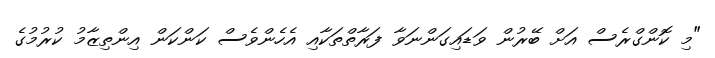
"މި ކޮންގްރެސް އަށް ބޭރުން ވަޑައިގަންނަވާ ފަރާތްތަކާއި އެހެންވެސް ކަންކަން އިންތިޒާމު ކުރުމުގެ